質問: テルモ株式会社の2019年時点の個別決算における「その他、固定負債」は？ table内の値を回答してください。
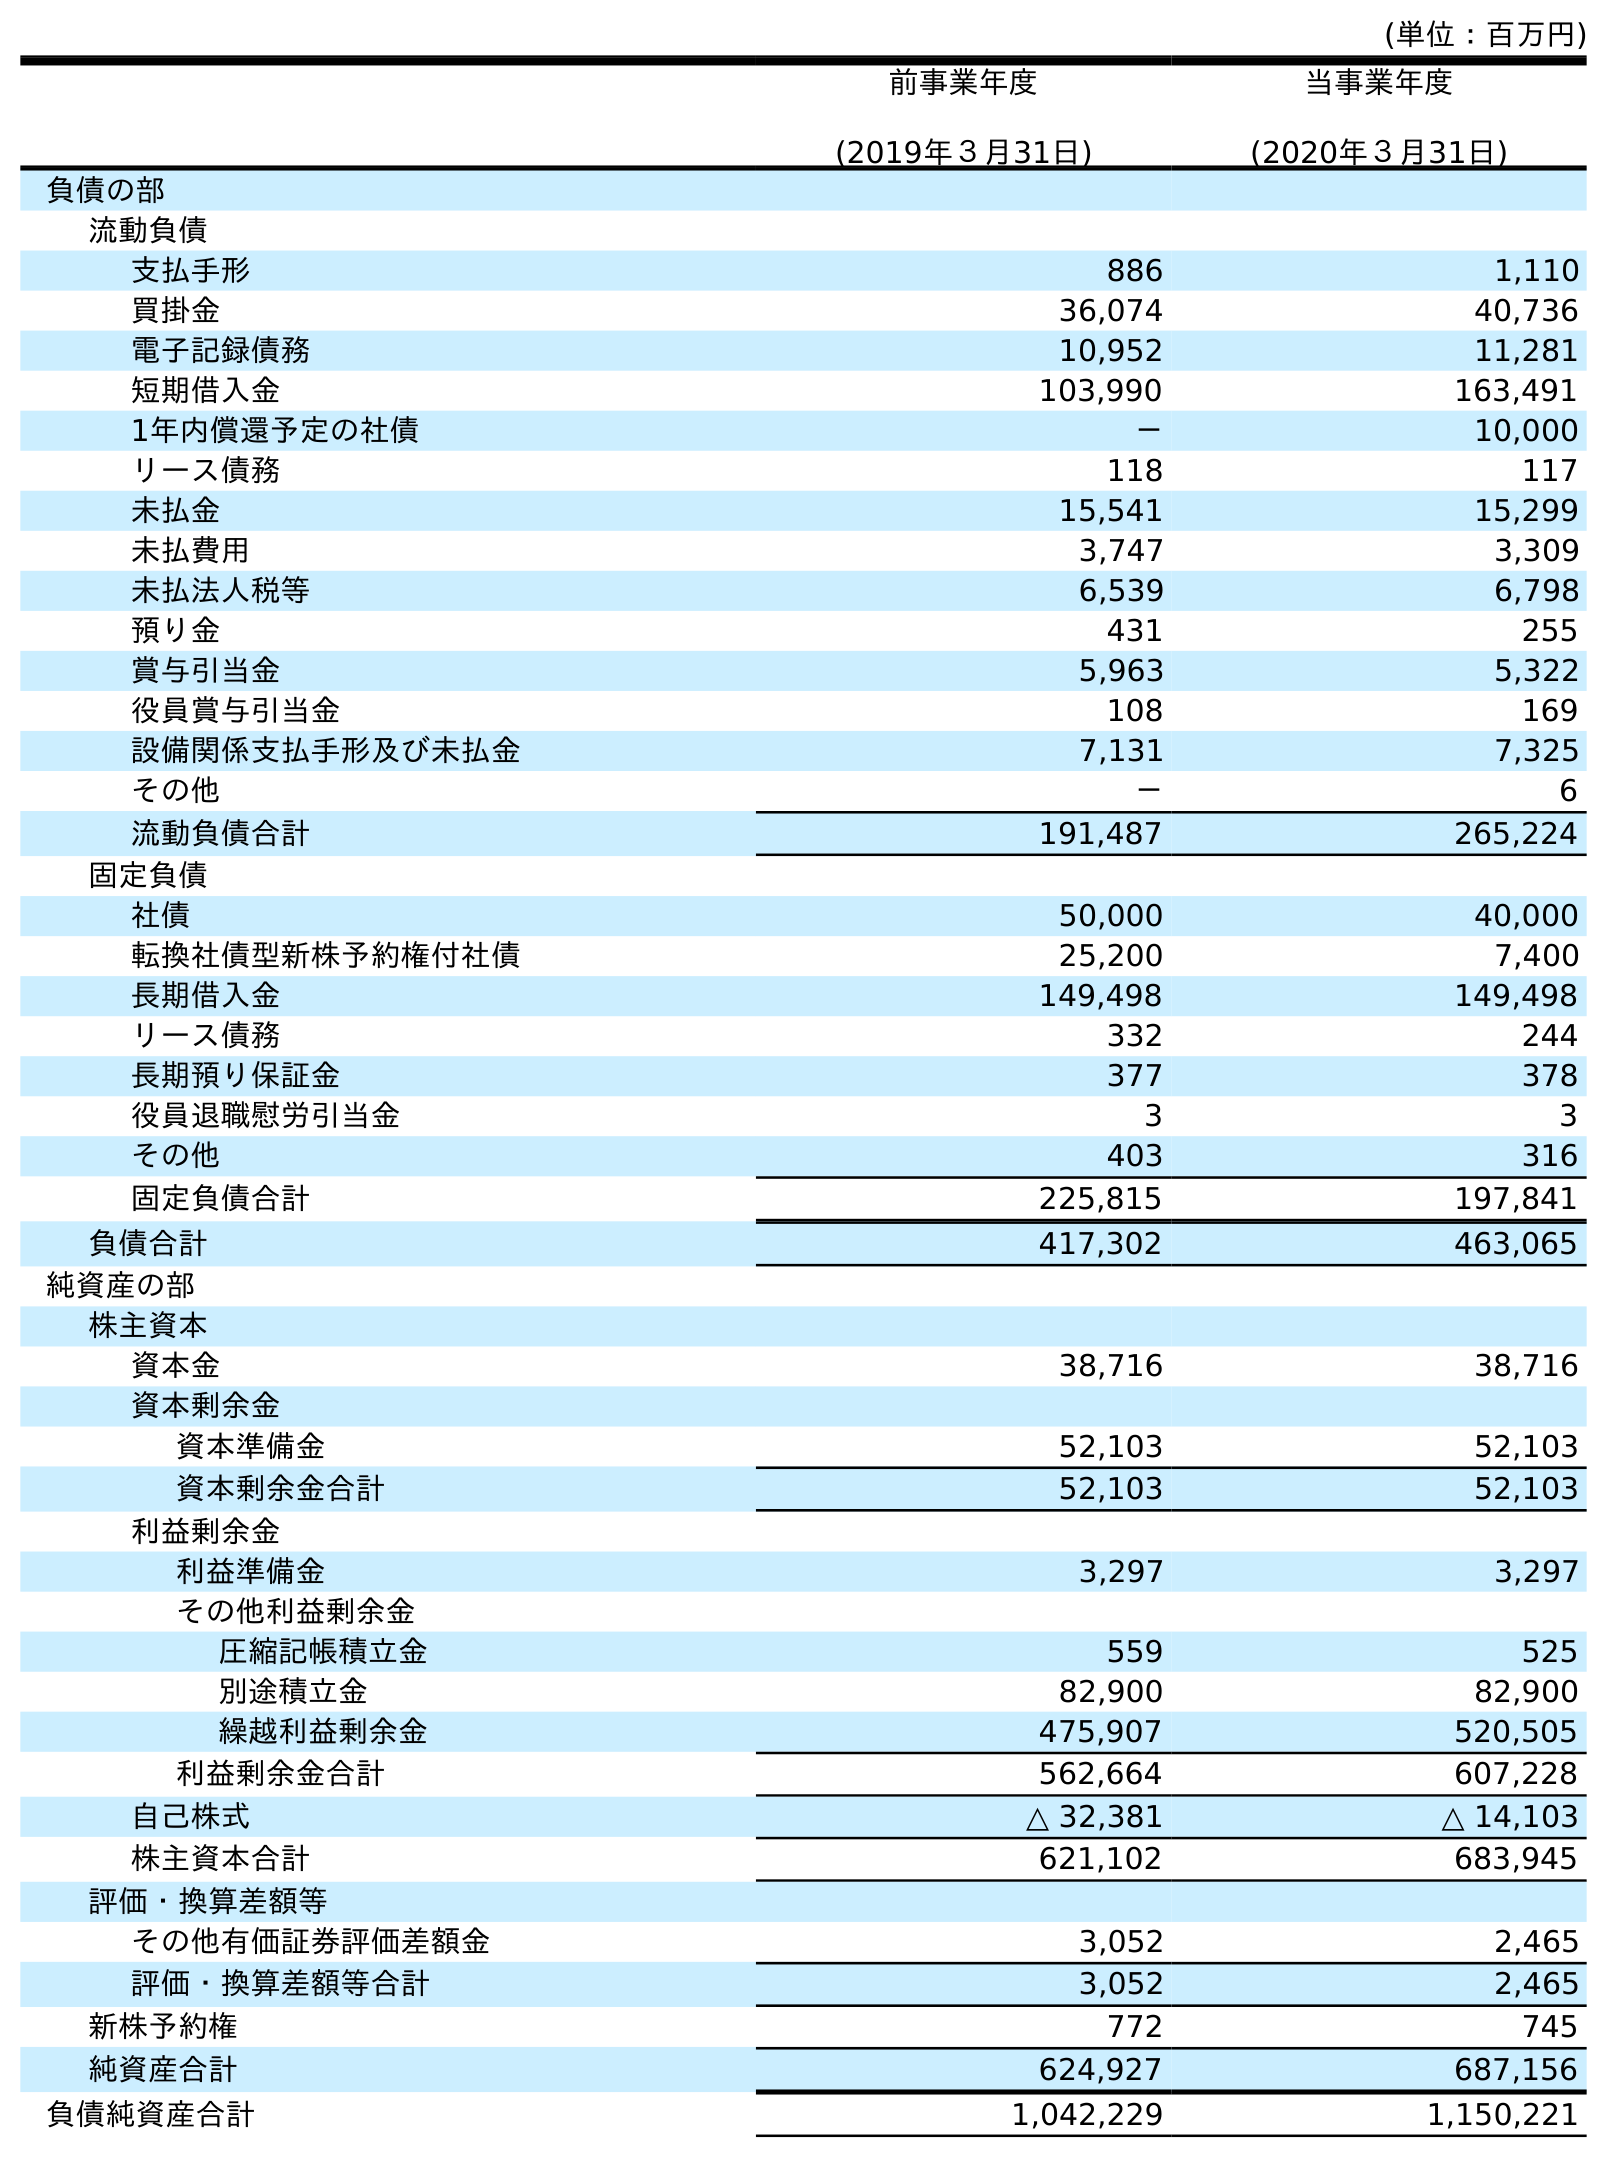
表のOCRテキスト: (単位：百万円) 前事業年度 (2019年３月31日) 当事業年度 (2020年３月31日) 負債の部 流動負債 支払手形 886 1,110 買掛金 36,074 40,736 電子記録債務 10,952 11,281 短期借入金 103,990 163,491 1年内償還予定の社債 － 10,000 リース債務 118 117 未払金 15,541 15,299 未払費用 3,747 3,309 未払法人税等 6,539 6,798 預り金 431 255 賞与引当金 5,963 5,322 役員賞与引当金 108 169 設備関係支払手形及び未払金 7,131 7,325 その他 － 6 流動負債合計 191,487 265,224 固定負債 社債 50,000 40,000 転換社債型新株予約権付社債 25,200 7,400 長期借入金 149,498 149,498 リース債務 332 244 長期預り保証金 377 378 役員退職慰労引当金 3 3 その他 403 316 固定負債合計 225,815 197,841 負債合計 417,302 463,065 純資産の部 株主資本 資本金 38,716 38,716 資本剰余金 資本準備金 52,103 52,103 資本剰余金合計 52,103 52,103 利益剰余金 利益準備金 3,297 3,297 その他利益剰余金 圧縮記帳積立金 559 525 別途積立金 82,900 82,900 繰越利益剰余金 475,907 520,505 利益剰余金合計 562,664 607,228 自己株式 △ 32,381 △ 14,103 株主資本合計 621,102 683,945 評価・換算差額等 その他有価証券評価差額金 3,052 2,465 評価・換算差額等合計 3,052 2,465 新株予約権 772 745 純資産合計 624,927 687,156 負債純資産合計 1,042,229 1,150,221
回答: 403